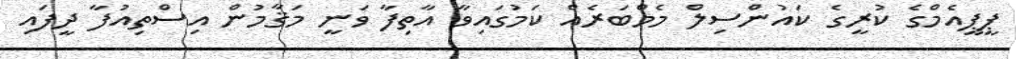
ޕީޕީއެމްގެ ކުރީގެ ކައުންސިލް މެމްބަރެއް ކަމުގައިވާ އާތިފާ ވަނީ މަޤާމުން އިސްތިއުފާ ދީފައި